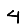
Digit: 4